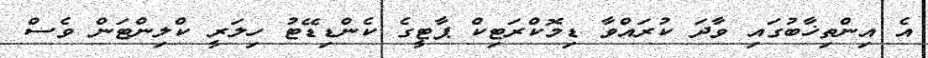
އެ އިންތިޚާބުގައި ވާދަ ކުރައްވާ ޑިމޮކްރަޓިކް ޕާޓީގެ ކެންޑިޑޭޓު ހިލަރީ ކްލިންޓަން ވެސް